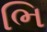
ભિ